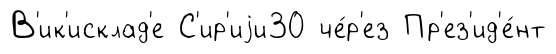
В'ик'исклад'е С'ир'иjи30 че́р'ез Пр'ез'ид'е́нт